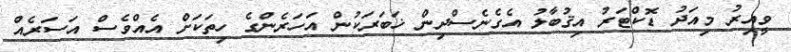
ވީއިރު މިއަދު ޑޮކްޓަރު އިޤުބާލު އެގެނެސްދިން ޚަބަރަކުން އަހަރެންގެ ހިތަކަށް އެއްވެސް އަސަރެއް